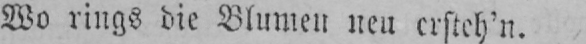
Wo rings die Blumen neu ersteh’n.